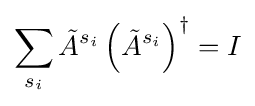
\sum _{s_{i}}{\tilde {A}}^{s_{i}}\left({\tilde {A}}^{s_{i}}\right)^{\dagger }=I